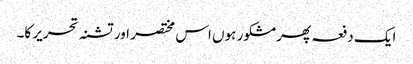
ایک دفعہ پھر مشکور ہوں اس مختصر اور تشنہ تحریر کا۔